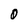
Character: 0